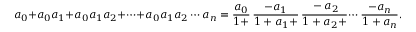
a _ { 0 } + a _ { 0 } a _ { 1 } + a _ { 0 } a _ { 1 } a _ { 2 } + \cdots + a _ { 0 } a _ { 1 } a _ { 2 } \cdots a _ { n } = { \frac { a _ { 0 } } { 1 + } } \, { \frac { - a _ { 1 } } { 1 + a _ { 1 } + } } \, { \cfrac { - a _ { 2 } } { 1 + a _ { 2 } + } } \cdots { \frac { - a _ { n } } { 1 + a _ { n } } } .